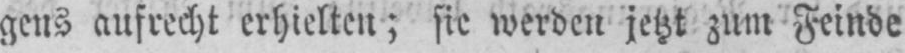
gens aufrecht erhielten; sie werden jetzt zum Feinde